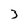
Character: 3